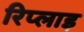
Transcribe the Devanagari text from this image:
रिप्लाइ